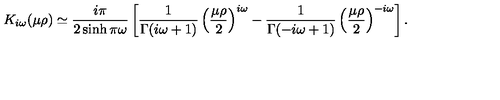
K _ { i \omega } ( \mu \rho ) \simeq { \frac { i \pi } { 2 \sinh \pi \omega } } \left[ { \frac { 1 } { \Gamma ( i \omega + 1 ) } } \left( { \frac { \mu \rho } { 2 } } \right) ^ { i \omega } - { \frac { 1 } { \Gamma ( - i \omega + 1 ) } } \left( { \frac { \mu \rho } { 2 } } \right) ^ { - i \omega } \right] .